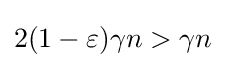
2(1-\varepsilon )\gamma n>\gamma n